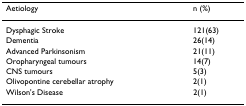
<table><thead><tr><td><b>Aetiology</b></td><td><b>n (%)</b></td></tr></thead><tbody><tr><td>Dysphagic Stroke</td><td>121(63)</td></tr><tr><td>Dementia</td><td>26(14)</td></tr><tr><td>Advanced Parkinsonism</td><td>21(11)</td></tr><tr><td>Oropharyngeal tumours</td><td>14(7)</td></tr><tr><td>CNS tumours</td><td>5(3)</td></tr><tr><td>Olivopontine cerebellar atrophy</td><td>2(1)</td></tr><tr><td>Wilson&#x27;s Disease</td><td>2(1)</td></tr></tbody></table>